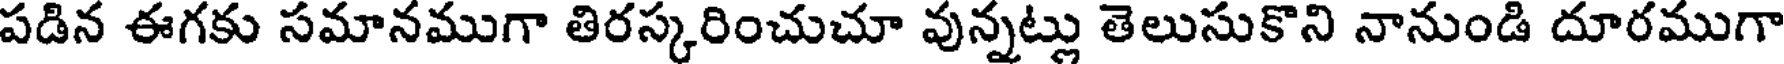
పడిన ఈగకు సమానముగా తిరస్కరించుచూ వున్నట్లు తెలుసుకొని నానుండి దూరముగా